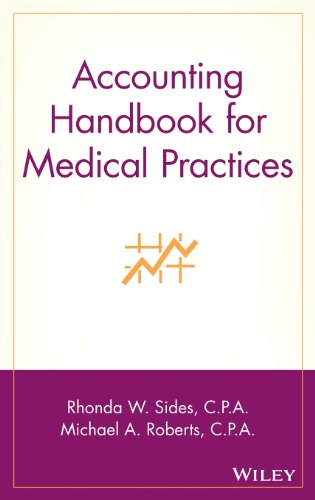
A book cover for Accounting Handbook for Medical Practices; Rhonda W. Sides C.P.A.; Medical Books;